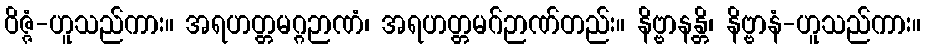
ဝိဇ္ဇံ-ဟူသည်ကား။ အရဟတ္တမဂ္ဂဉာဏံ၊ အရဟတ္တမဂ်ဉာဏ်တည်း။ နိဗ္ဗာနန္တိ၊ နိဗ္ဗာနံ-ဟူသည်ကား။